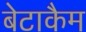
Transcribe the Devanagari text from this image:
बेटाकैम